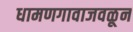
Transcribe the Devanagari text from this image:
धामणगावाजवळून